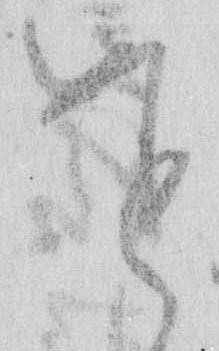
を